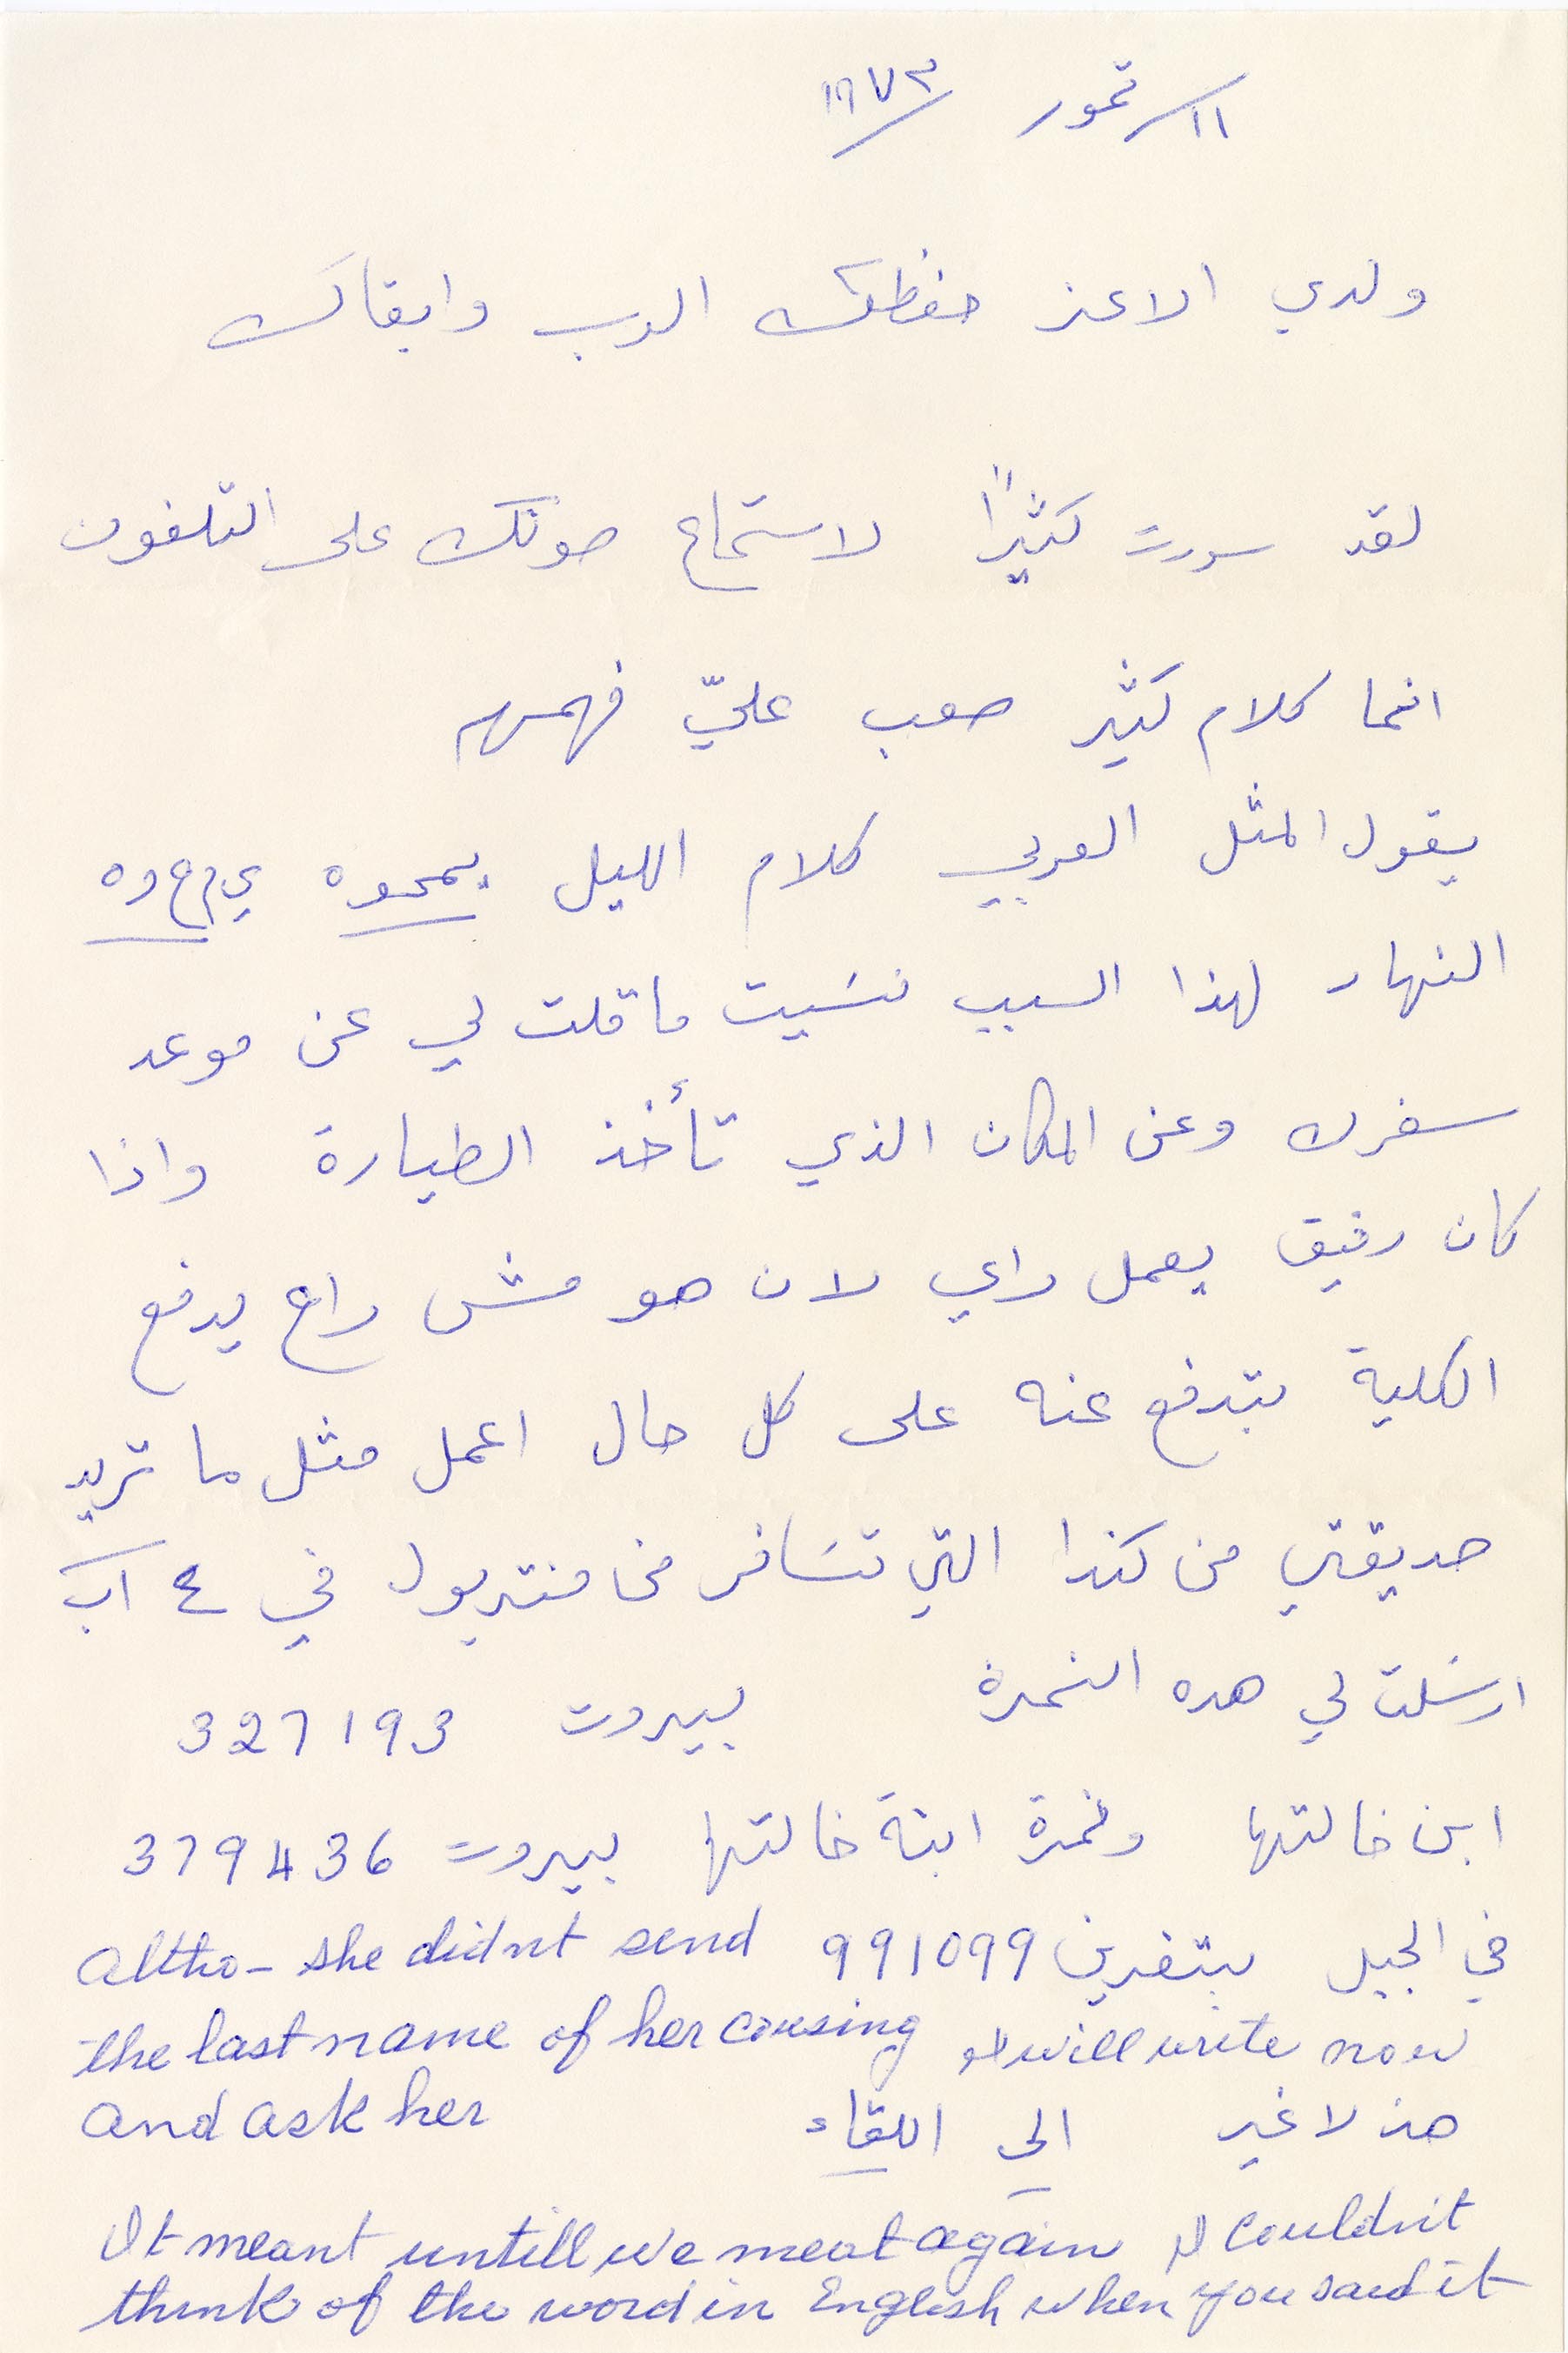
١١ تموز ١٩٧٣
ولدي الاعز حفظك الرب وابقاك
لقد سررت كثيرًا لاستماع صوتك على التلفون
انما كلام كثير صعب عليّ فهمه
يقول المثل العربي كلام الليل يمحوه ي م ح و ه
النهار لهذا السبب نسيت ما قلت لي عن موعد
سفرك وعن المكان الذي تأخذ الطيارة واذا
كان رفيق يعمل داي لان هو مش راح يدفع
الكلية بتدفع عنه على كل حال اعمل مثل ما تريد
صديقتي من كندا التي تسافر من منتربول في ٤ آب
أرسلت لي هذه النمرة
بيروت
321193
ابن خالتها ونمرة ابنة خالتها
319436
بيروت
في الجبل بتغرين 991099
هذ لا غير الى اللقاء